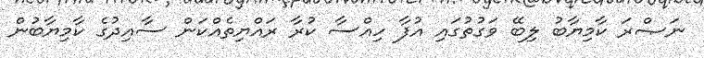
ނަޞްރަ ކާމިޔާބު ލިބޭ ވަގުތުގައި އުފާ ހިއްސާ ކުރާ ރައްޔިތެއްކަން ސާއިދުގެ ކާމިޔާބުން